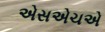
એસએચએ